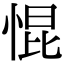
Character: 惃